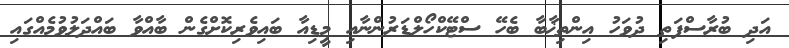
އަދި ބުރާސްފަތި ދުވަހު އިންތިޚާބާ ބެހޭ ސްޓޭކްހޯލްޑަރުންނާއި މީޑިއާ ބައިވެރިކޮށްގެން ބާއްވާ ބައްދަލުވުމެއްގައި